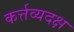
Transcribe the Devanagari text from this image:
कर्त्तव्यदक्ष